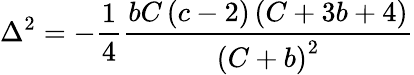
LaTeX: \Delta^{2}=-\frac{1}{4}\frac{bC\left(c-2\right)\left(C+3b+4\right)}{\left(C+b\right)^{2}}